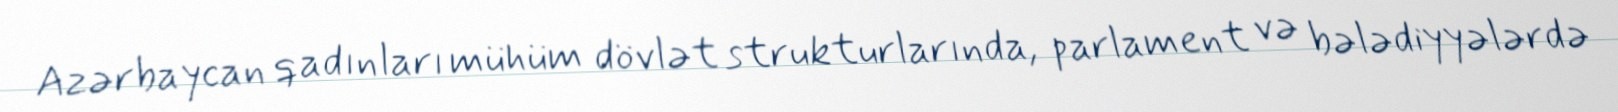
Azərbaycan qadınları mühüm dövlət strukturlarında, parlament və bələdiyyələrdə